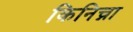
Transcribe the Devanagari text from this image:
किनिच्ना